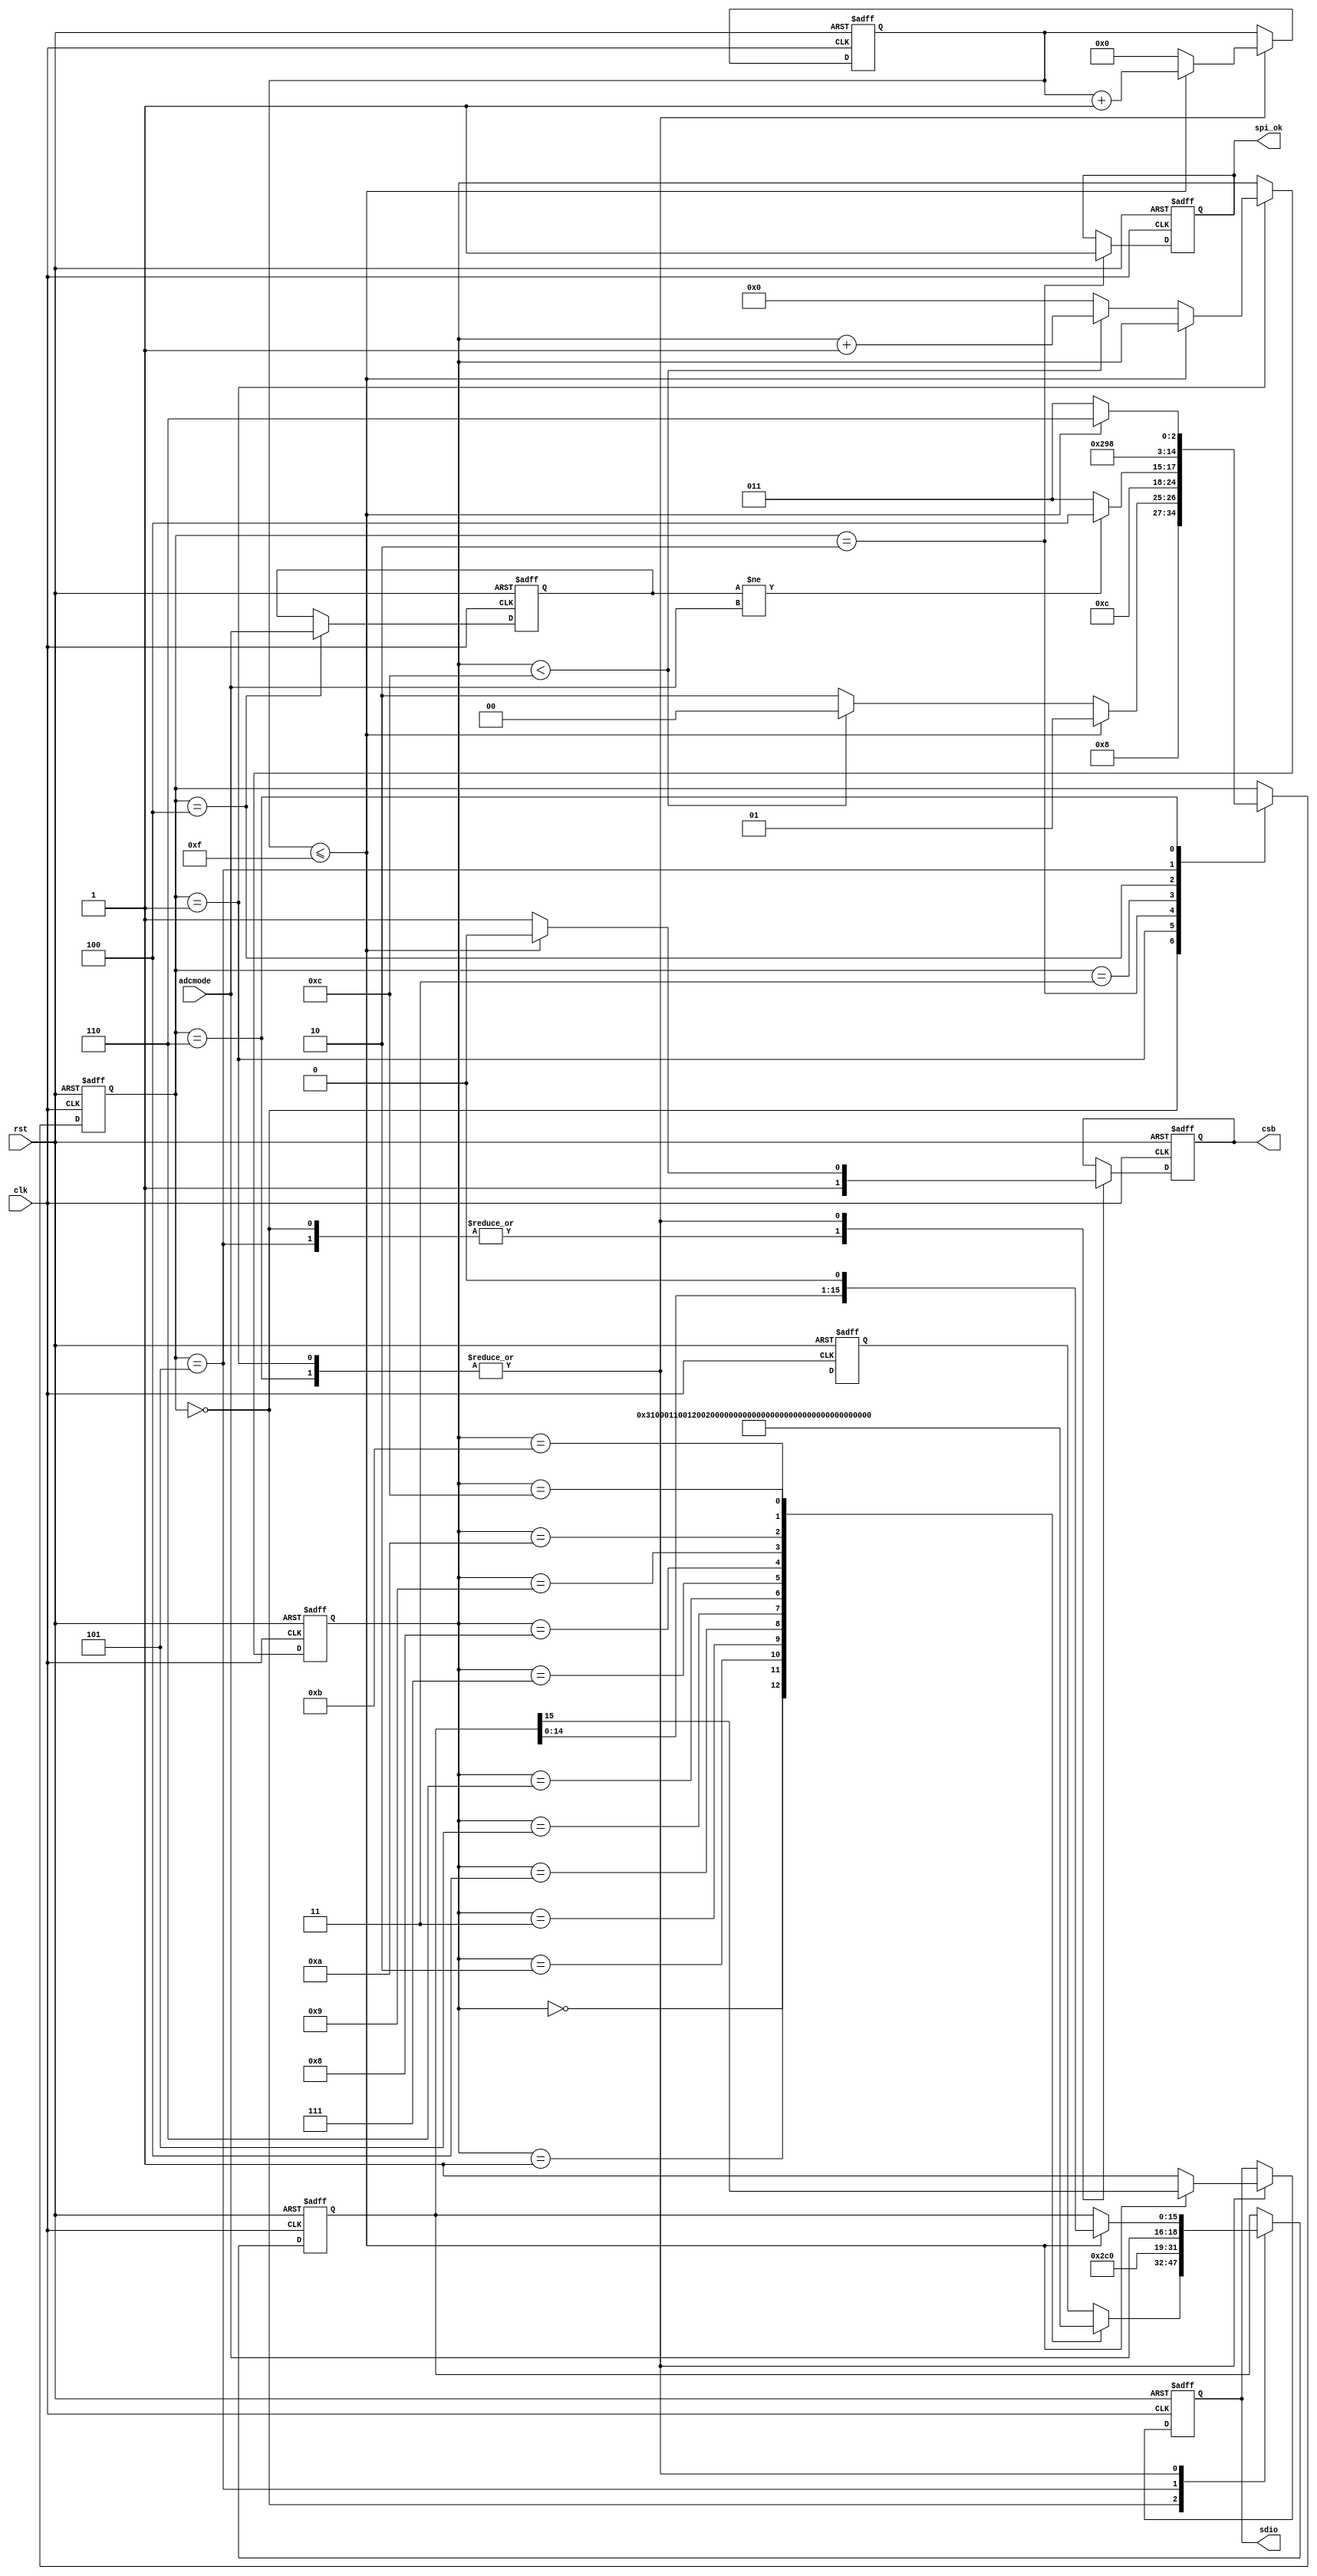
module ads62p44_spi(
output reg sdio,
output reg csb,
input rst,
input clk,
output reg spi_ok,
input [2:0] adcmode
);
wire [6:0] lut_index=7'd12;//spi register 0~lut_index
////////////////////////////////////////////
function [15:0] lut_data;
	input [5:0] addr;
	begin
		case(addr)////I7~I0,D7~D0
			6'd0 :lut_data = {8'h00,6'd0,1'b1,1'b1};//Software reset,Serial readout enabled
			6'd1 :lut_data = {8'h10,2'b00,6'd0};//default drive strength
			6'd2 :lut_data = {8'h11,2'd0,2'd0,2'd0,2'd0};//Default current,3.5 mA,DEFAULT drive strength
			6'd3 :lut_data = {8'h12,2'd0,6'd0};//No internal termination
			6'd4 :lut_data = {8'h13,3'd0,1'b0,4'd0};//Offset correction active
			6'd5 :lut_data = {8'h14,1'b0,1'b0,1'b0,1'b0,1'b0,3'd0};//Disable over-ride,Parallel CMOS data outputs,0 dB coarse gain,Internal reference ,Normal operation
			6'd6 :lut_data = {8'h16,3'd0,1'b0,1'b0,3'b000};//Straight binary,Bit wise,Normal ADC operation
			6'd7 :lut_data = {8'h17,4'd0,4'b0000};//0 dB gain
			6'd8 :lut_data = {8'h18,8'b0101_0101};//8 lower bits of custom pattern
			6'd9 :lut_data = {8'h19,2'd0,6'b0101_01};//6 higher bits of custom pattern 
			6'd10:lut_data = {8'h1a,1'b0,3'b011,4'b0000};//Default latency,offset correction2^24,0 dB gain
			6'd11:lut_data = {8'h1b,1'b1,1'b0,6'd0};//Offset correction enabled,NO decimation
			6'd12:lut_data = {8'h1d,6'd0,2'b11};//Unused
		endcase
	end
endfunction
///////////////////////////////////////////
reg [5:0] addr;
reg [4:0] state;
reg [15:0] dout_reg;
reg [4:0] shift_reg;
reg [2:0] adcmode_reg;
always @ (posedge clk or negedge rst)
if(!rst)
	begin
		csb<=1'b1;
		sdio<=1'b1;
		state<=5'd0;
		addr<=6'd0;
		dout_reg<=16'd0;
		shift_reg<=5'd0;
		spi_ok<=1'b0;
		adcmode_reg<=3'd0;
	end
else
	begin
		case(state)
			5'd0:
				begin
					csb<=1'b1;
					dout_reg<=lut_data(addr);
					state<=5'd1;
				end
			5'd1:
				begin
					if(shift_reg<=5'd15)
						begin
							csb<=1'b0;
							sdio<=dout_reg[15];
							dout_reg<=dout_reg<<1;
							shift_reg<=shift_reg+1'b1;
							state<=5'd1;
						end
					else
						begin
							shift_reg<=5'd0;
							csb<=1'b1;
							sdio<=1'b1;
							if(addr<lut_index)
								begin
									addr<=addr+1'b1;
									state<=5'd0;
								end
							else
								begin
									addr<=6'd0;
									state<=5'd2;
								end
						end
				end
			5'd2:
				begin
					spi_ok<=1'b1;
					state<=5'd3;
				end
			5'd3:
				begin
					if(adcmode_reg!=adcmode)
						begin state<=5'd4;end
					else
						begin state<=5'd3;end
				end
			5'd4:
				begin
					state<=5'd5;adcmode_reg<=adcmode;
				end
			5'd5:
				begin
					csb<=1'b1;dout_reg<={8'h16,3'd0,1'b0,1'b0,adcmode};state<=5'd6;
				end
			5'd6:
				begin
					if(shift_reg<=5'd15)
						begin 
							csb<=1'b0;sdio<=dout_reg[15];dout_reg<=dout_reg<<1;shift_reg<=shift_reg+1'b1;state<=5'd6;
						end
					else 
						begin 
							shift_reg<=5'd0;csb<=1'b1;sdio<=1'b1;state<=5'd3;
						end
				end
		endcase
	end
endmodule